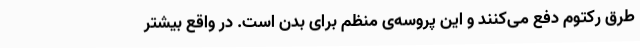
طرق رکتوم دفع می‌کنند و این پروسه‌ی منظم برای بدن است. در واقع بیشتر